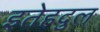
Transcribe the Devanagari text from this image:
इतेहदुल